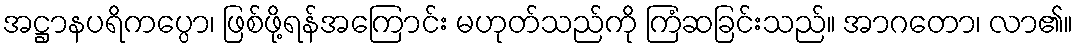
အဋ္ဌာနပရိကပ္ပော၊ ဖြစ်ဖို့ရန်အကြောင်း မဟုတ်သည်ကို ကြံဆခြင်းသည်။ အာဂတော၊ လာ၏။